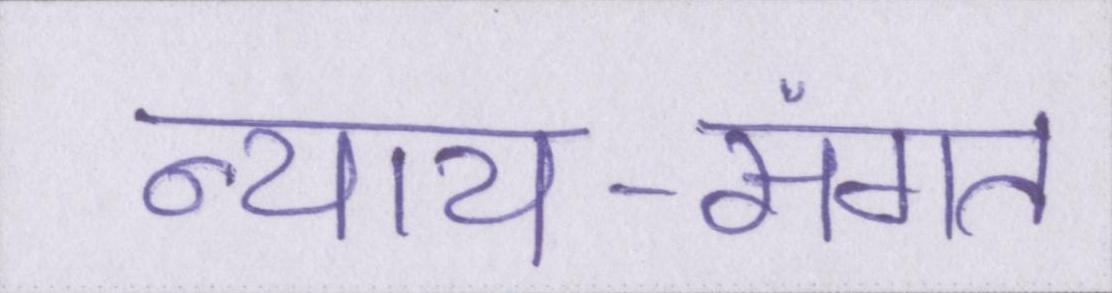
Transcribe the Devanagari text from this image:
न्याय-संगत